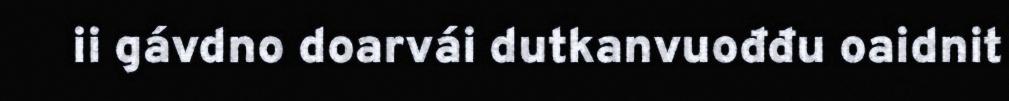
ii gávdno doarvái dutkanvuođđu oaidnit